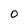
Character: 0